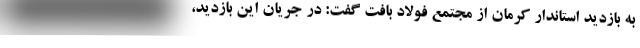
به بازدید استاندار کرمان از مجتمع فولاد بافت گفت: در جریان این بازدید،